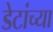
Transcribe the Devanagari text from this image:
डेटांच्या